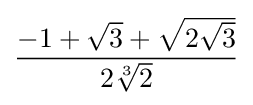
{\frac {-1+{\sqrt {3}}+{\sqrt {2{\sqrt {3}}}}}{2{\sqrt[{3}]{2}}}}